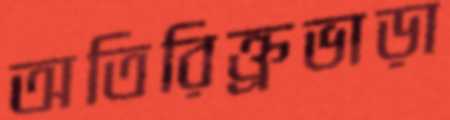
অতিরিক্ত্রভাড়া